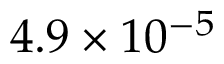
4 . 9 \times 1 0 ^ { - 5 }